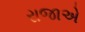
રાજાએ